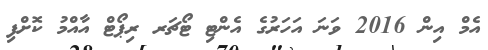
އެމް އިން 2016 ވަނަ އަހަރުގެ އެންޓި ޓޯޗަރ ރިޕޯޓް އާއްމު ކޮށްފި